Vital statistics of India. Vol. VI, European troops 1870-79
Year: 1870
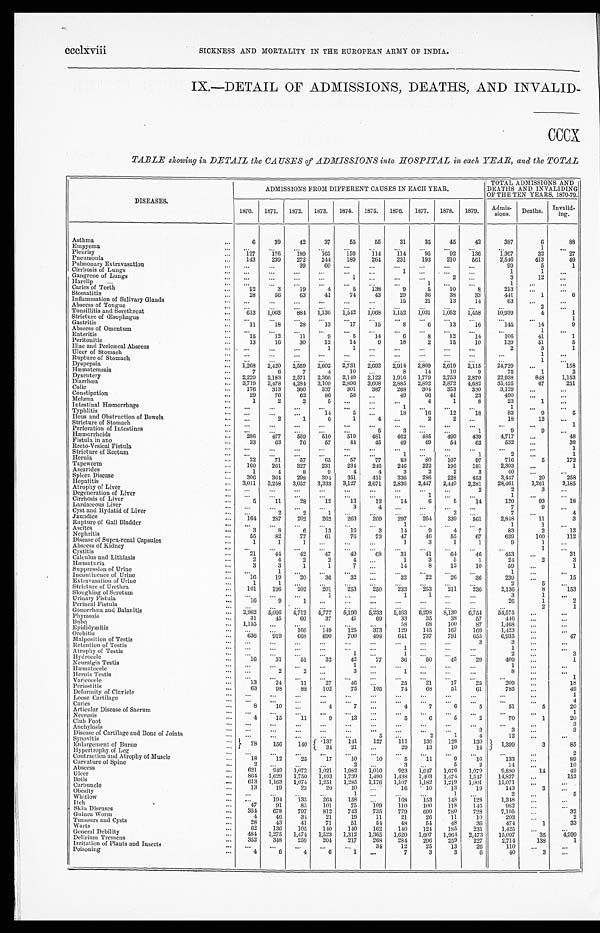
ccclxviii
SICKNESS AND MORTALITY IN THE EUROPEAN ARMY OF INDIA.
IX.—DETAIL OF ADMISSIONS, DEATHS, AND INVALID-
CCCX
TABLE showing in DETAIL the CAUSES of ADMISSIONS into HOSPITAL in each YEAR, and the TOTAL
DISEASES.
ADMISSIONS FROM DIFFERENT CAUSES IN EACH YEAR.
TOTAL ADMISSIONS AND
DEATHS AND INVALIDING
OF THE TEN YEARS, 1870-79.
1870. 1871.
1 8 7 2 .
1873. 1874. 1875. 1876. 1877. 1878.
1 8 7 9
Admis-
sions. Deaths. Invalid-
ing.
Asthma
...
6
39
42
37
55
55
31
35
45
42
387
6
88
Empyema
...
. . .
. . .
. . . ...
...
...
...
. . .
. . .
. . .
. . .
1
. . .
Pleurisy
... 127
176
189
165
159
114
114
9 5
9 2
1 3 6 1,367
32
2 7
Pneumonia
... 143
239
272
244
189
264
231
193
210
561
2,546
413
49
Pulmonary Extravasation
... ...
...
3 9 60 ...
...
...
. . .
. . .
. . .
99
5
1
Cirrhosis of Lungs
... ...
. . .
. . .
. . .
...
...
1 ...
...
. . .
1
1 ...
Gangrene of Lungs
...
. . .
. . .
. . .
. . .
1 ...
...
. . .
2
. . .
3
12
...
Harelip
...
...
. . . . . .
. . .
. . .
...
...
...
1 ...
. . .
1 ...
...
Caries of Teeth
...
12
3
19
4
5
138
9
5
10
8
213
...
. . .
Stomatitis
...
28
5 6
63
41
74
43
29
36
38
33
441
1
6
Inflammation of Salivary Glands
...
. . .
. . .
...
. . .
...
...
1 5 21
13
14
63
...
. . .
Abscess of Tongue
...
. . .
. . .
. . .
. . .
...
...
...
. . .
. . .
. . . ...
2
...
Tonsillitis and Sorethroat
...
613 1, 003
884 1,136 1, 542
1,068 1,152 1,031 1,052 1, 458
10,939
4
1
Stricture of Œsophagus
...
. . .
. . .
. . .
. . .
...
...
...
. . .
. . .
. . .
...
. . .
1
Gastritis
...
1 1
18
28
13
17
15
8
6
13
16
145
14
9
Abscess of Omentum
... ...
. . .
...
. . .
...
...
...
. . .
. . .
. . .
. . .
1
. . .
Enteritis
...
15
12
11
9
5
14
6
8
12
14
106
41
1
Peritonitis
...
13
16
30
12
14
9
18
2
15
10
139
51
5
Iliac and Pericæcal Abscess
...
. . .
. . .
. . . 1
1 ...
...
...
. . .
. . .
2
5
1
Ulcer of Stomach
...
. . .
. . .
. . .
...
...
...
...
. . .
. . .
. . .
...
1
. . .
Rupture of Stomach
...
. . .
. . .
...
...
...
...
. . .
. . .
...
. . .
...
1
. . .
Dyspepsia.
... 1,268 2, 420
2,559 2,602 2,731 2,602 2, 914
2,809 2,619 2,115
24,729
. . .
158
Hæmatemesis
...
7
6
7
4
10 ...
8
14
10
9
75
1
2
Dysentery
... 2,229
2,183 2,571 2,366 2,149 2,122 1,916 1,779 2,753 2,870
22,938
848
1,153
Diarrhœa
... 3,719 3,478 4,284
3,109 2,896 3,603 2,885 2,892 3,872 4,682
35,425
67
2 5 1
Colic
...
176
313
360
337
301
387
268
304
353
330
3,129
...
...
Constipation
...
29
76
6 2
86
58 ...
49
66
41
23
490
...
...
Melæna
...
1
2
2 5
. . . ...
...
4
1
8
23
1
...
Intestinal Hæmorrhage
...
. . .
...
...
...
...
...
1 ...
...
...
1
. . .
. . .
Typhlitis
...
. . . . . .
...
14
5 ...
18
16
12
18
83
9
5
Ileus and Obstruction of Bowels
... ...
2
1
6
1
4 ...
2
2 ...
18
12
...
Stricture of Stomach
...
. . . ...
...
...
...
...
. . .
...
...
. . .
...
. . .
1
Perforation of Intestines
...
. . .
...
...
...
...
5
3
. . .
...
1
9
9
...
Hæmorrhoids
...
286
477
559
510
519
481 462
485
499
439
4,717
...
48
Fistula in an
o
Recto-Vesical Fistula
...
...
33
. . .
63
...
76
. . .
57
...
44
...
45
...
49
...
49
...
5 4
...
62
. . .
532 . . .
. . .
...
3 8
1
Stricture of Rectum
... ...
. . .
. . .
. . .
...
...
1 ...
. . .
1
2
. . .
1
Hernia
...
22
71
57
65
57
77
83
80
107
97
716
5
172
Tapeworm
...
160
261
327
231
234
246
246
222
195
181
2,303
...
1
Ascarides
...
1
4
8
9
4
4
3
2
2
3
40
. . .
...
Spleen Disease
...
306
364
298
394
351
431
336
286
228
453
3,447
20
258
Hepatitis
... 3,011 3,258 3,057 3,333 3,127 2,671 2,836 2,447 2,440 2,281
28,461
1,261
3,185
Atrophy of Liver
... ...
...
...
...
...
...
...
...
...
2
2
3
. . .
Degeneration of Liver
... ...
...
...
...
...
...
...
1 ...
...
1
...
...
Cirrhosis of Liver
...
5
11
28
12
13
12
14
6
5
14
120
93
18
Lardaceous Liver
... ...
...
...
...
3 4
. . . ...
...
...
7
9
...
Cyst and Hydatid of Liver
... ...
2
2
1 ...
...
...
...
2 ...
7
...
4
Jaundice
...
164
287
202
262
263
209 297
264
339
561
2,848
11
3
Rupture of Gall Bladder
...
. . .
...
...
...
...
...
1 ...
...
...
1
1
...
Ascites
...
3
8
6
13
16
3
14
9
4
7
83
2
13
Nephritis
...
55
82
77
61
76
73
47
46
55
67
639
100
112
Disease of Supra-renal Capsules
...
1
1
1 ...
...
...
1
3
1
1
9
1
...
Abscess of Kidney
... ...
...
...
...
. . . ...
...
...
...
...
...
1
...
Cystitis
. . .
2 1 44
42
47
49
68
31
41
64
46
453
...
31
Calculus and Lithiasis
...
2
4
2
2
4 ...
1
3
5
1
24
2
3
Hæmaturia
...
3
3
1
1
7 ...
14
8
12
10
59
...
1
Suppression of Urine
... ...
1
. . . ...
...
...
...
...
...
...
1
. . .
...
Incontinence of Urine
...
16
19
20
36
32 ...
32
22
26
36
239
. ..
15
Extravasation of Urine
...
1
1
. . . ...
...
...
...
...
...
...
2
5
. . .
Stricture of Urethra
... 101
196
202
201
253
250
233
253
211
236
2,136
8
153
Sloughing of Scrotum
... ...
...
...
1 ...
...
1
1
. . . ...
3
1
...
Urinary Fistula
...
16
9
1 ...
...
...
...
...
...
...
26
1
2
Perineal Fistula
... ...
...
...
...
...
...
...
. . .
. . .
. . .
. . .
2
1
Gonorrhœa and Balanitis
. . .
2,962 5,056 4,712
4 , 7 7 7 5,190 5,233 5,463 6,298 8,130 6,754
54,575
. . . ...
Phymosis
...
31
45
6 0
37
41
69
33
35
38
57
446
...
. . .
Bubo
... 1,155 . . .
... ...
. . .
...
58
68
100
87
1,468
...
...
Epidiaymitis
... ...
...
166 149 125
373
129
145
167
169
1,423
...
...
Orchitis
...
636
919
668
690
700
498
641
737
791
655
6,935
. . .
47
Malposition of Testis
... ...
...
...
...
...
...
...
...
...
3
3 ...
...
Retention of Testis
... ...
...
...
...
...
...
. . . ...
...
...
1 ...
. . .
Atrophy of Testis
... ...
...
. . . ...
1 ...
1
. . . ...
. . .
2
. . .
3
Hydrocele
...
16
31
51
32
42
77
36
50
45
29
409
...
1
Neuralgia Testis
...
. . . ...
... ...
1 ...
...
. . . ...
...
1
. . .
...
Hæmatocele
... ...
2
2 ...
3 ...
1
. . . ...
...
8
...
...
Hernia Testis
... ...
...
...
...
...
...
...
...
. . . ...
...
...
1
Varicocele
...
13
24
11
27
46 ...
25
21
17
25
209
...
18
Periostitis
...
63
98
88
102
75
105
74
68
51
61
785 ...
49
Deformity of Clavicle
... ...
...
...
. . . ...
...
...
...
...
...
...
. . .
1
Loose Cartilage
... ...
...
. . . ...
...
...
...
...
...
...
...
. . .
4
Caries
. . .
8
10 ...
4
7
...
4
7
6
5
51
5
20
Articular Disease of Sacrum
...
. . .
. . . ...
...
. . .
...
...
...
...
...
...
. . .
1
Necrosis
. . .
4
15
11
9
13 ...
5
6
5
2
70
1
20
Club Foot
. . .
. . .
. . .
. . .
...
. . . ...
. . .
. . .
. . .
. . .
. . .
. . .
3
Anchylosis
... ...
...
...
...
...
...
...
. . . ...
3
3 ...
3
Disease of Cartilage and Bone of Joints
... ...
. . .
. . . ...
. . .
5
. . .
2
1
4
12
. . .
...
Synovitis
. . . 7 8 156
140
1 3 7 141
127
111
130
128
130
1 , 3 9 9
3
85
Enlargement of Bursæ
...
34
21 ...
29
13
10
14
Hypertrophy of Leg
... ...
...
...
...
...
...
...
...
...
...
. . .
. . .
2
Contraction and Atrophy of Muscle
. . .
18
12
25
17
10
10
5
11
9
16
133
...
89
Curvature of Spine
...
2 ...
... ...
2 ...
3
. . .
5
2
14
. . .
10
Abscess
...
621
949 1,072 1,021 1,082 1,010
923 1,047 1,076 1,079
9,880
14
49
Ulcer
...
864 1,629 1,750 1,493 1,739 1,490 1,438 1,403 1,474 1,547
14,827
. . .
152
Boils
. . .
613 1,163 1,074 1,251 1,285 1,176 1,107 1,182 1,219 1,001
11,071
. . .
...
Carbuncle
. . .
13
19
23
20
10
. . .
16
10
13
19
143
3
...
Obesity
... ...
. . . ...
...
1 ...
...
. . .
1 . . .
2
. . .
5
Whitlow
... ...
194
135
264
158
. . .
168
153
148
128
1,348
...
...
Itch
. . .
47
91
85
101
75
109
110
100
118
146
982
. . .
. . .
Skin Disease
...
354
678
797
812
743
735
779
699
780
728
7,105 ...
32
Guinea Worm
...
4
46
34
21
19
11
21
26
11
10
203
...
2
Tumours and Cysts
. . .
2 8
43
41
71
51
54
48
54
48
36
474
1
33
Warts
. . .
62
136
105
14
140
162
140
124
185
231
1,425
. . . . ..
General Debility
...
484 1,275 1,474 1,523 1,312 1,365 1,620 1,607 1,964 2,473
15,097
35
4,999
Delirium Tremens
. . . 352
348
259
204
217
268
284
296
259
227
2,714
138
1
Irritation of Plants and Insects
... ...
...
...
...
...
34
12
25
13
26
110
. . .
...
Poisoning
...
4
6
4
6
1 ...
7
3
3
6
40
3
...